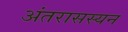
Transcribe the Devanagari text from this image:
अंतरासस्यन